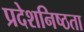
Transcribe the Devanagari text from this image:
प्रदेशनिष्ठता